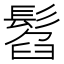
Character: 𩭥